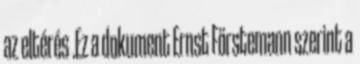
az eltérés .Ez a dokument Ernst Förstemann szerint a